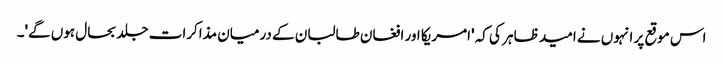
اس موقع پر انہوں نے امید ظاہر کی کہ 'امریکا اور افغان طالبان کے درمیان مذاکرات جلد بحال ہوں گے'۔